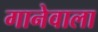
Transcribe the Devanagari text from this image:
गानेवाला